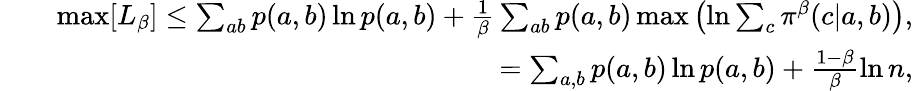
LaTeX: \begin{array}{rlr}&{}&{\mathrm{max}[L_{\beta}]\leq\sum_{ab}p(a,b)\ln p(a,b)+\frac{1}{\beta}\sum_{ab}p(a,b)\, \mathrm{max}\left(\ln\sum_{c}\pi^{\beta}(c|a,b)\right),}\\ &{}&{=\sum_{a,b}p(a,b)\ln p(a,b)+\frac{1-\beta}{\beta}\ln n,}\end{array}